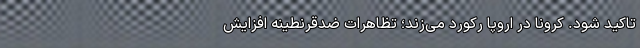
تاکید شود. کرونا در اروپا رکورد می‌زند؛ تظاهرات ضدقرنطینه افزایش